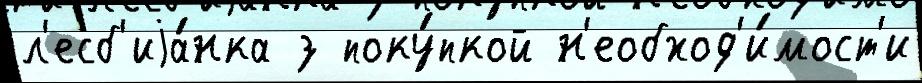
л'есб'иjа́нка з поку́пкой н'еобход'и́мост'и